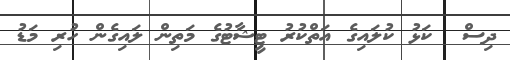
ދިސް  ކަޅު ކުލައިގެ އަތްކުރު ޓީޝާޓުގެ މަތިން ލައިގެން ހުރި މަޑު